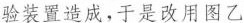
验装置造成，于是改用图乙